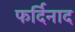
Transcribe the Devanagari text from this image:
फर्दिनाद